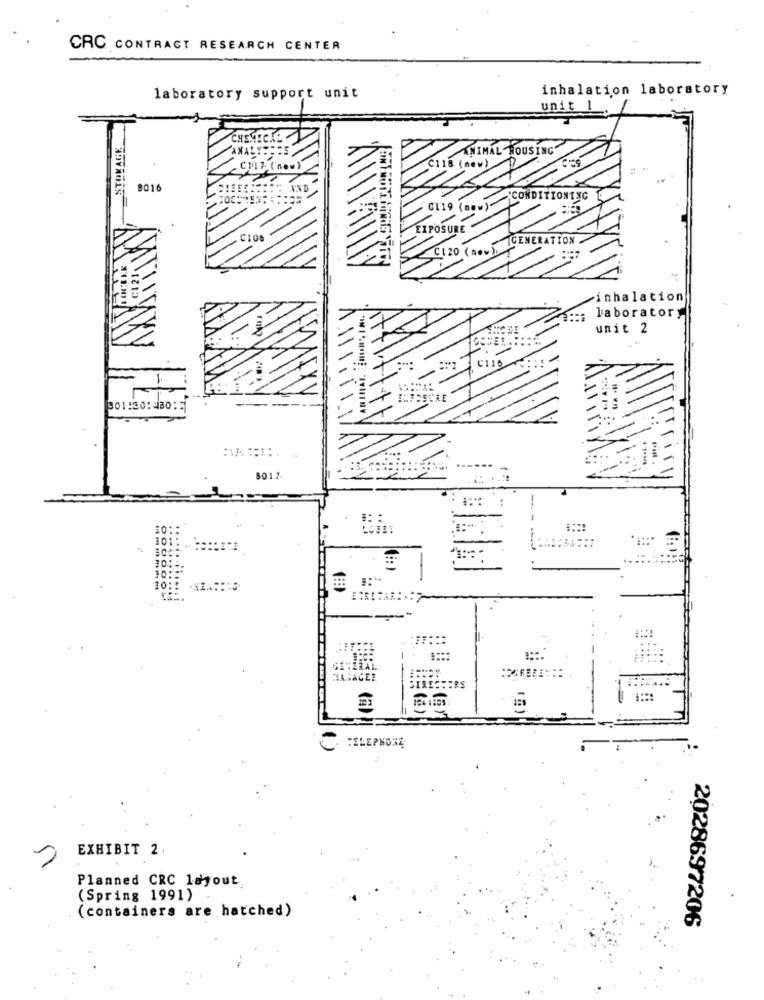
CRC CONTRACT RESEARCH CENTER
inhalation laboratory
laboratory support unit
unit 1
STOKAGE
ANIMAL HOUSING
CHLE (now)
c116 (new)
9016
CONDITIONING
0119 (new)
EXPOSURE
.clos
C120 (new) GENERATION
inhalation
::: laboratory
unit 2
IvnInY
6017
..
#: :
101: - ==
..
..
SECERAL.
25
TELEPHONE
EXHIBIT 2
Planned CRC layout
(Spring 1991)
(containers are hatched)
2028697206